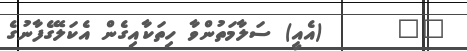
٨٤      (އެއީ) ސަލާމަތުންވާ ހިތަކާއިގެން އެކަލޭގެފާނުގެ